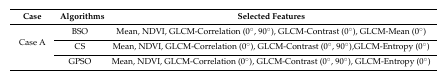
| Case | Algorithms | Selected Features |
 | --- | --- | --- |
 | <ROWSPAN=3> Case A | BSO | Mean, NDVI, GLCM-Correlation (0°, 90°), GLCM-Contrast (0°), GLCM-Mean (0°) |
 | CS | Mean, NDVI, GLCM-Correlation (0°), GLCM-Contrast (0°, 90°),GLCM-Entropy (0°) |
 | GPSO | Mean, NDVI, GLCM-Correlation (0°), GLCM-Contrast (0°, 90°), GLCM-Entropy (0°) |